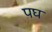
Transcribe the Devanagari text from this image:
पघ